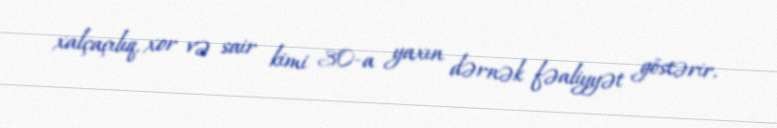
xalçaçılıq, xor və sair kimi 30-a yaxın dərnək fəaliyyət göstərir.